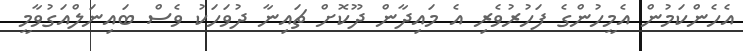
އެހެންކަމުން އެމީހުންގެ ފަހުރުވެރި އެ މައިދާން ދޫކޮށް ޗައިނާ ދުވަހަކު ވެސް ބައިނަލްއަގުވާމީ